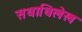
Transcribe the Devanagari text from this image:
सधाधिलेख